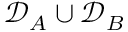
\mathcal { D } _ { A } \cup \mathcal { D } _ { B }